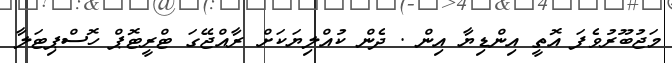
މަޖުބޫރުވެފަ އޮތީ އިންޑިޔާ އިން . ދެން ކުއްލިޔަކަށް ރާއްޖޭގަ ޓްރީޓޮޕް ހޮސްޕިޓަލާ